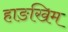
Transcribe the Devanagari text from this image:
हाङखिम